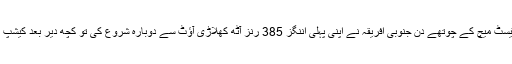
وشاکا پٹنم میں کھیلے جا رہے سیریز کے پہلے ٹیسٹ میچ کے چوتھے دن جنوبی افریقہ نے اپنی پہلی اننگز 385 رنز آٹھ کھلاڑی آؤٹ سے دوبارہ شروع کی تو کچھ دیر بعد کیشپ مہاراج بھی روی چندرن ایشون کی وکٹ بن گئے۔